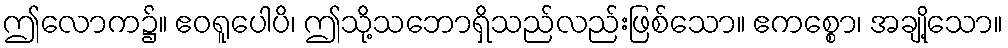
ဤလောက၌။ ဧဝရူပေါပိ၊ ဤသို့သဘောရှိသည်လည်းဖြစ်သော။ ဧကစ္စော၊ အချို့သော။